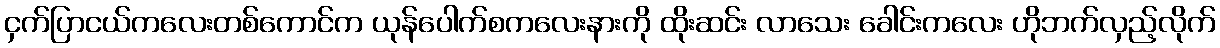
ငှက်ပြာငယ်ကလေးတစ်ကောင်က ယုန်ပေါက်စကလေးနားကို ထိုးဆင်း လာသေး ခေါင်းကလေး ဟိုဘက်လှည့်လိုက်